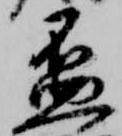
盃